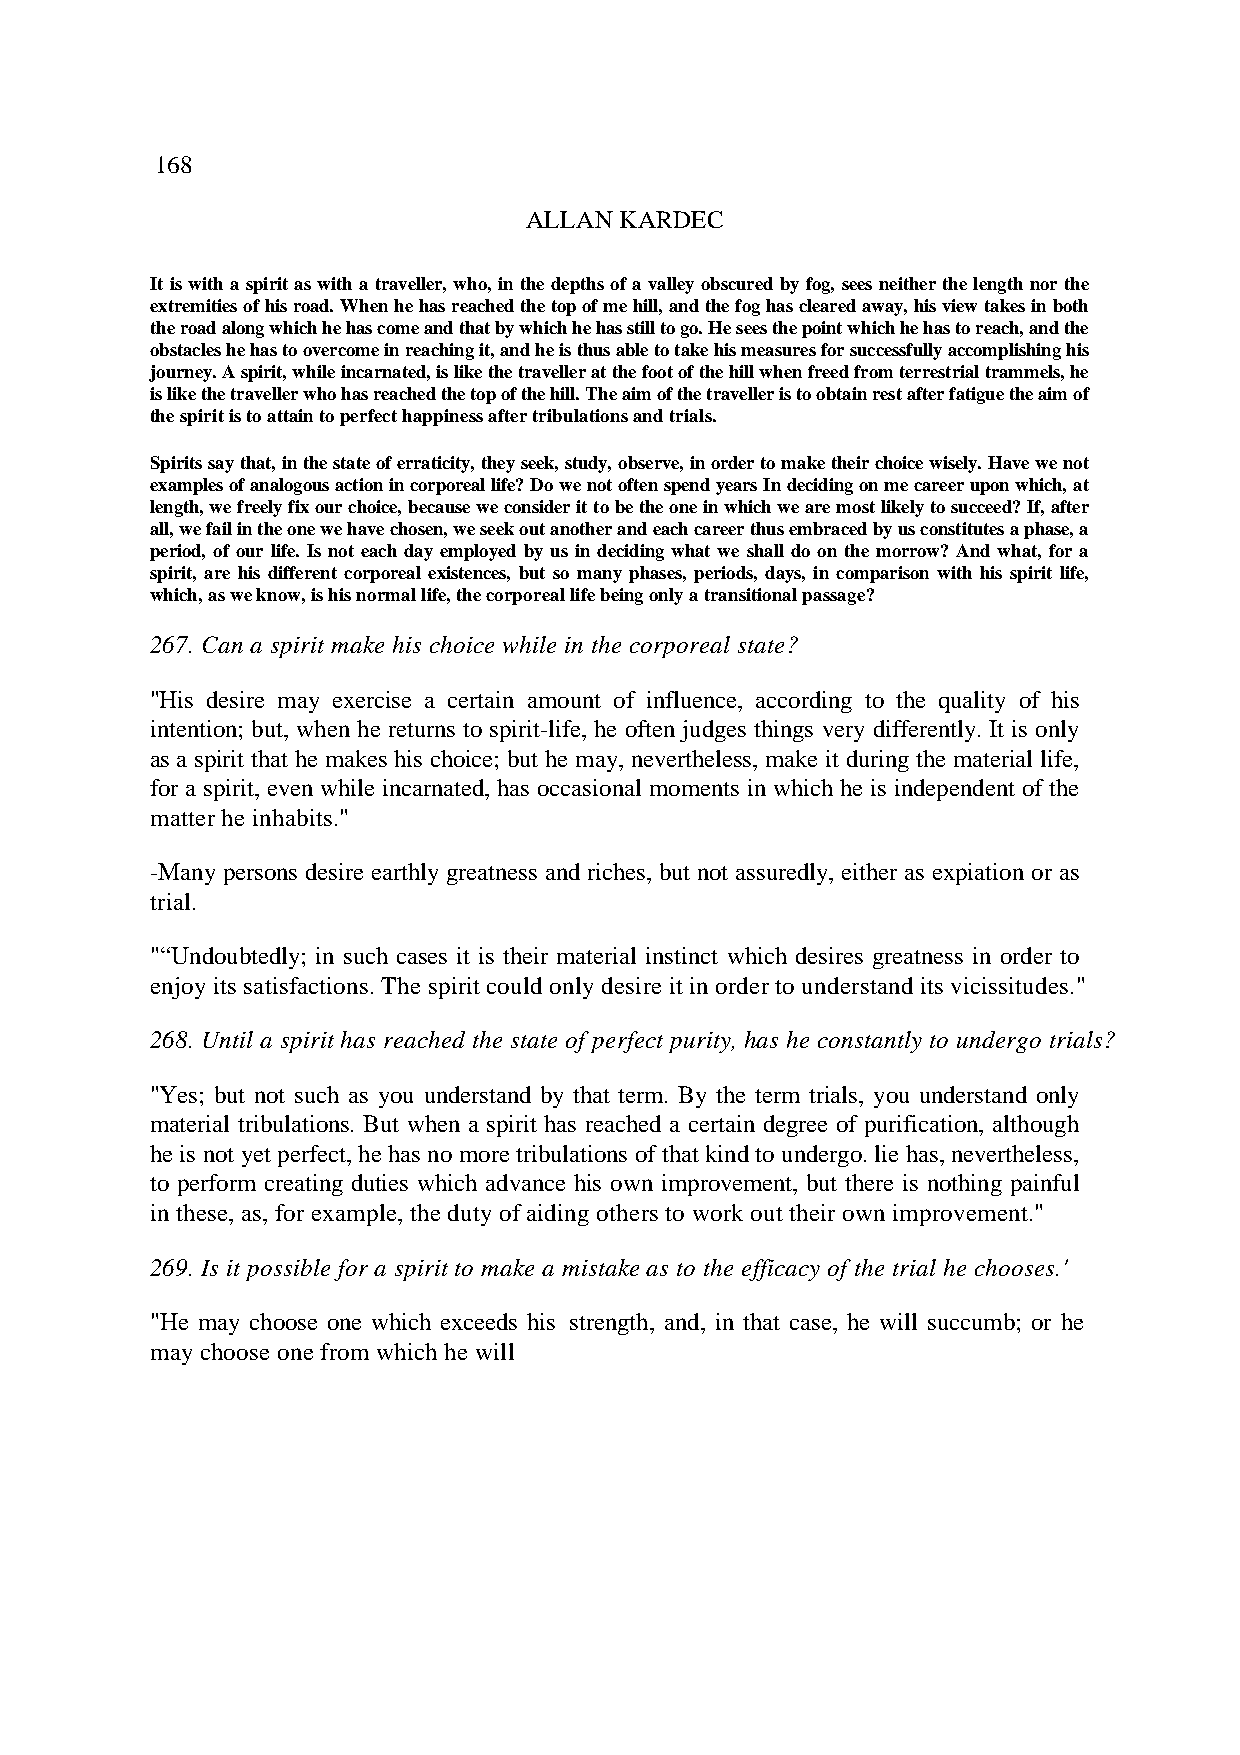
168
 ALLAN KARDEC
 It is with a spirit as with a traveller, who, in the depths of a valley obscured by fog, sees neither the length nor the
 extremities of his road. When he has reached the top of me hill, and the fog has cleared away, his view takes in both
 the road along which he has come and that by which he has still to go. He sees the point which he has to reach, and the
 obstacles he has to overcome in reaching it, and he is thus able to take his measures for successfully accomplishing his
 journey. A spirit, while incarnated, is like the traveller at the foot of the hill when freed from terrestrial trammels, he
 is like the traveller who has reached the top of the hill. The aim of the traveller is to obtain rest after fatigue the aim of
 the spirit is to attain to perfect happiness after tribulations and trials.
 Spirits say that, in the state of erraticity, they seek, study, observe, in order to make their choice wisely. Have we not
 examples of analogous action in corporeal life? Do we not often spend years In deciding on me career upon which, at
 length, we freely fix our choice, because we consider it to be the one in which we are most likely to succeed? If, after
 all, we fail in the one we have chosen, we seek out another and each career thus embraced by us constitutes a phase, a
 period, of our life. Is not each day employed by us in deciding what we shall do on the morrow? And what, for a
 spirit, are his different corporeal existences, but so many phases, periods, days, in comparison with his spirit life,
 which, as we know, is his normal life, the corporeal life being only a transitional passage?
 267. Can a spirit make his choice while in the corporeal state?
 "His desire may exercise a certain amount of influence, according to the quality of his
 intention; but, when he returns to spirit-life, he often judges things very differently. It is only
 as a spirit that he makes his choice; but he may, nevertheless, make it during the material life,
 for a spirit, even while incarnated, has occasional moments in which he is independent of the
 matter he inhabits."
 -Many persons desire earthly greatness and riches, but not assuredly, either as expiation or as
 trial.
 "“Undoubtedly; in such cases it is their material instinct which desires greatness in order to
 enjoy its satisfactions. The spirit could only desire it in order to understand its vicissitudes."
 268. Until a spirit has reached the state of perfect purity, has he constantly to undergo trials?
 "Yes; but not such as you understand by that term. By the term trials, you understand only
 material tribulations. But when a spirit has reached a certain degree of purification, although
 he is not yet perfect, he has no more tribulations of that kind to undergo. lie has, nevertheless,
 to perform creating duties which advance his own improvement, but there is nothing painful
 in these, as, for example, the duty of aiding others to work out their own improvement."
 269. Is it possible for a spirit to make a mistake as to the efficacy of the trial he chooses.'
 "He may choose one which exceeds his strength, and, in that case, he will succumb; or he
 may choose one from which he will